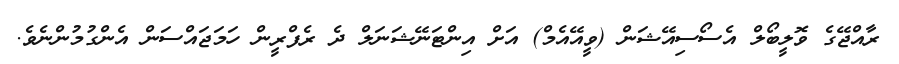
ރާއްޖޭގެ ވޮލީބޯލް އެސޯސިއޭޝަން (ވީއޭއެމް) އަށް އިންޓަނޭޝަނަލް ދެ ރެފްރީން ހަމަޖައްސަން އެންގުމުންނެވެ.